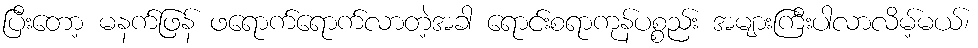
ပြီးတော့ မနက်ဖြန် ဖရောက်ရောက်လာတဲ့အခါ ရောင်းစရာကုန်ပစ္စည်း အများကြီးပါလာလိမ့်မယ်၊